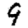
Digit: 9